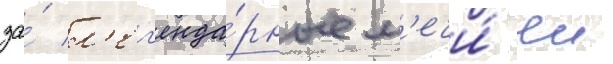
за́ л'ег'енда́рные м'ечи́ еи